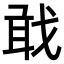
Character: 𢧎